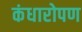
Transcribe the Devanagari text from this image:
कंधारोपण